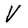
Character: V